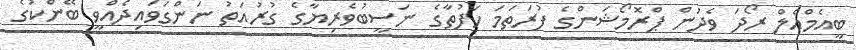
ބީއެމްއެލް ރޯދަ ވެދުން ޕްރޮމޯޝަންގެ ފުރަތަމަ ހަފުތާގެ ނަސީބުވެރިޔާގެ ގުރުއަތު ނަންގަވައިދެއްވީ ބޭންކުގެ